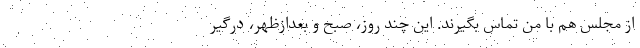
از مجلس هم با من تماس بگیرند. این چند روز، صبح و بعدازظهر، درگیر